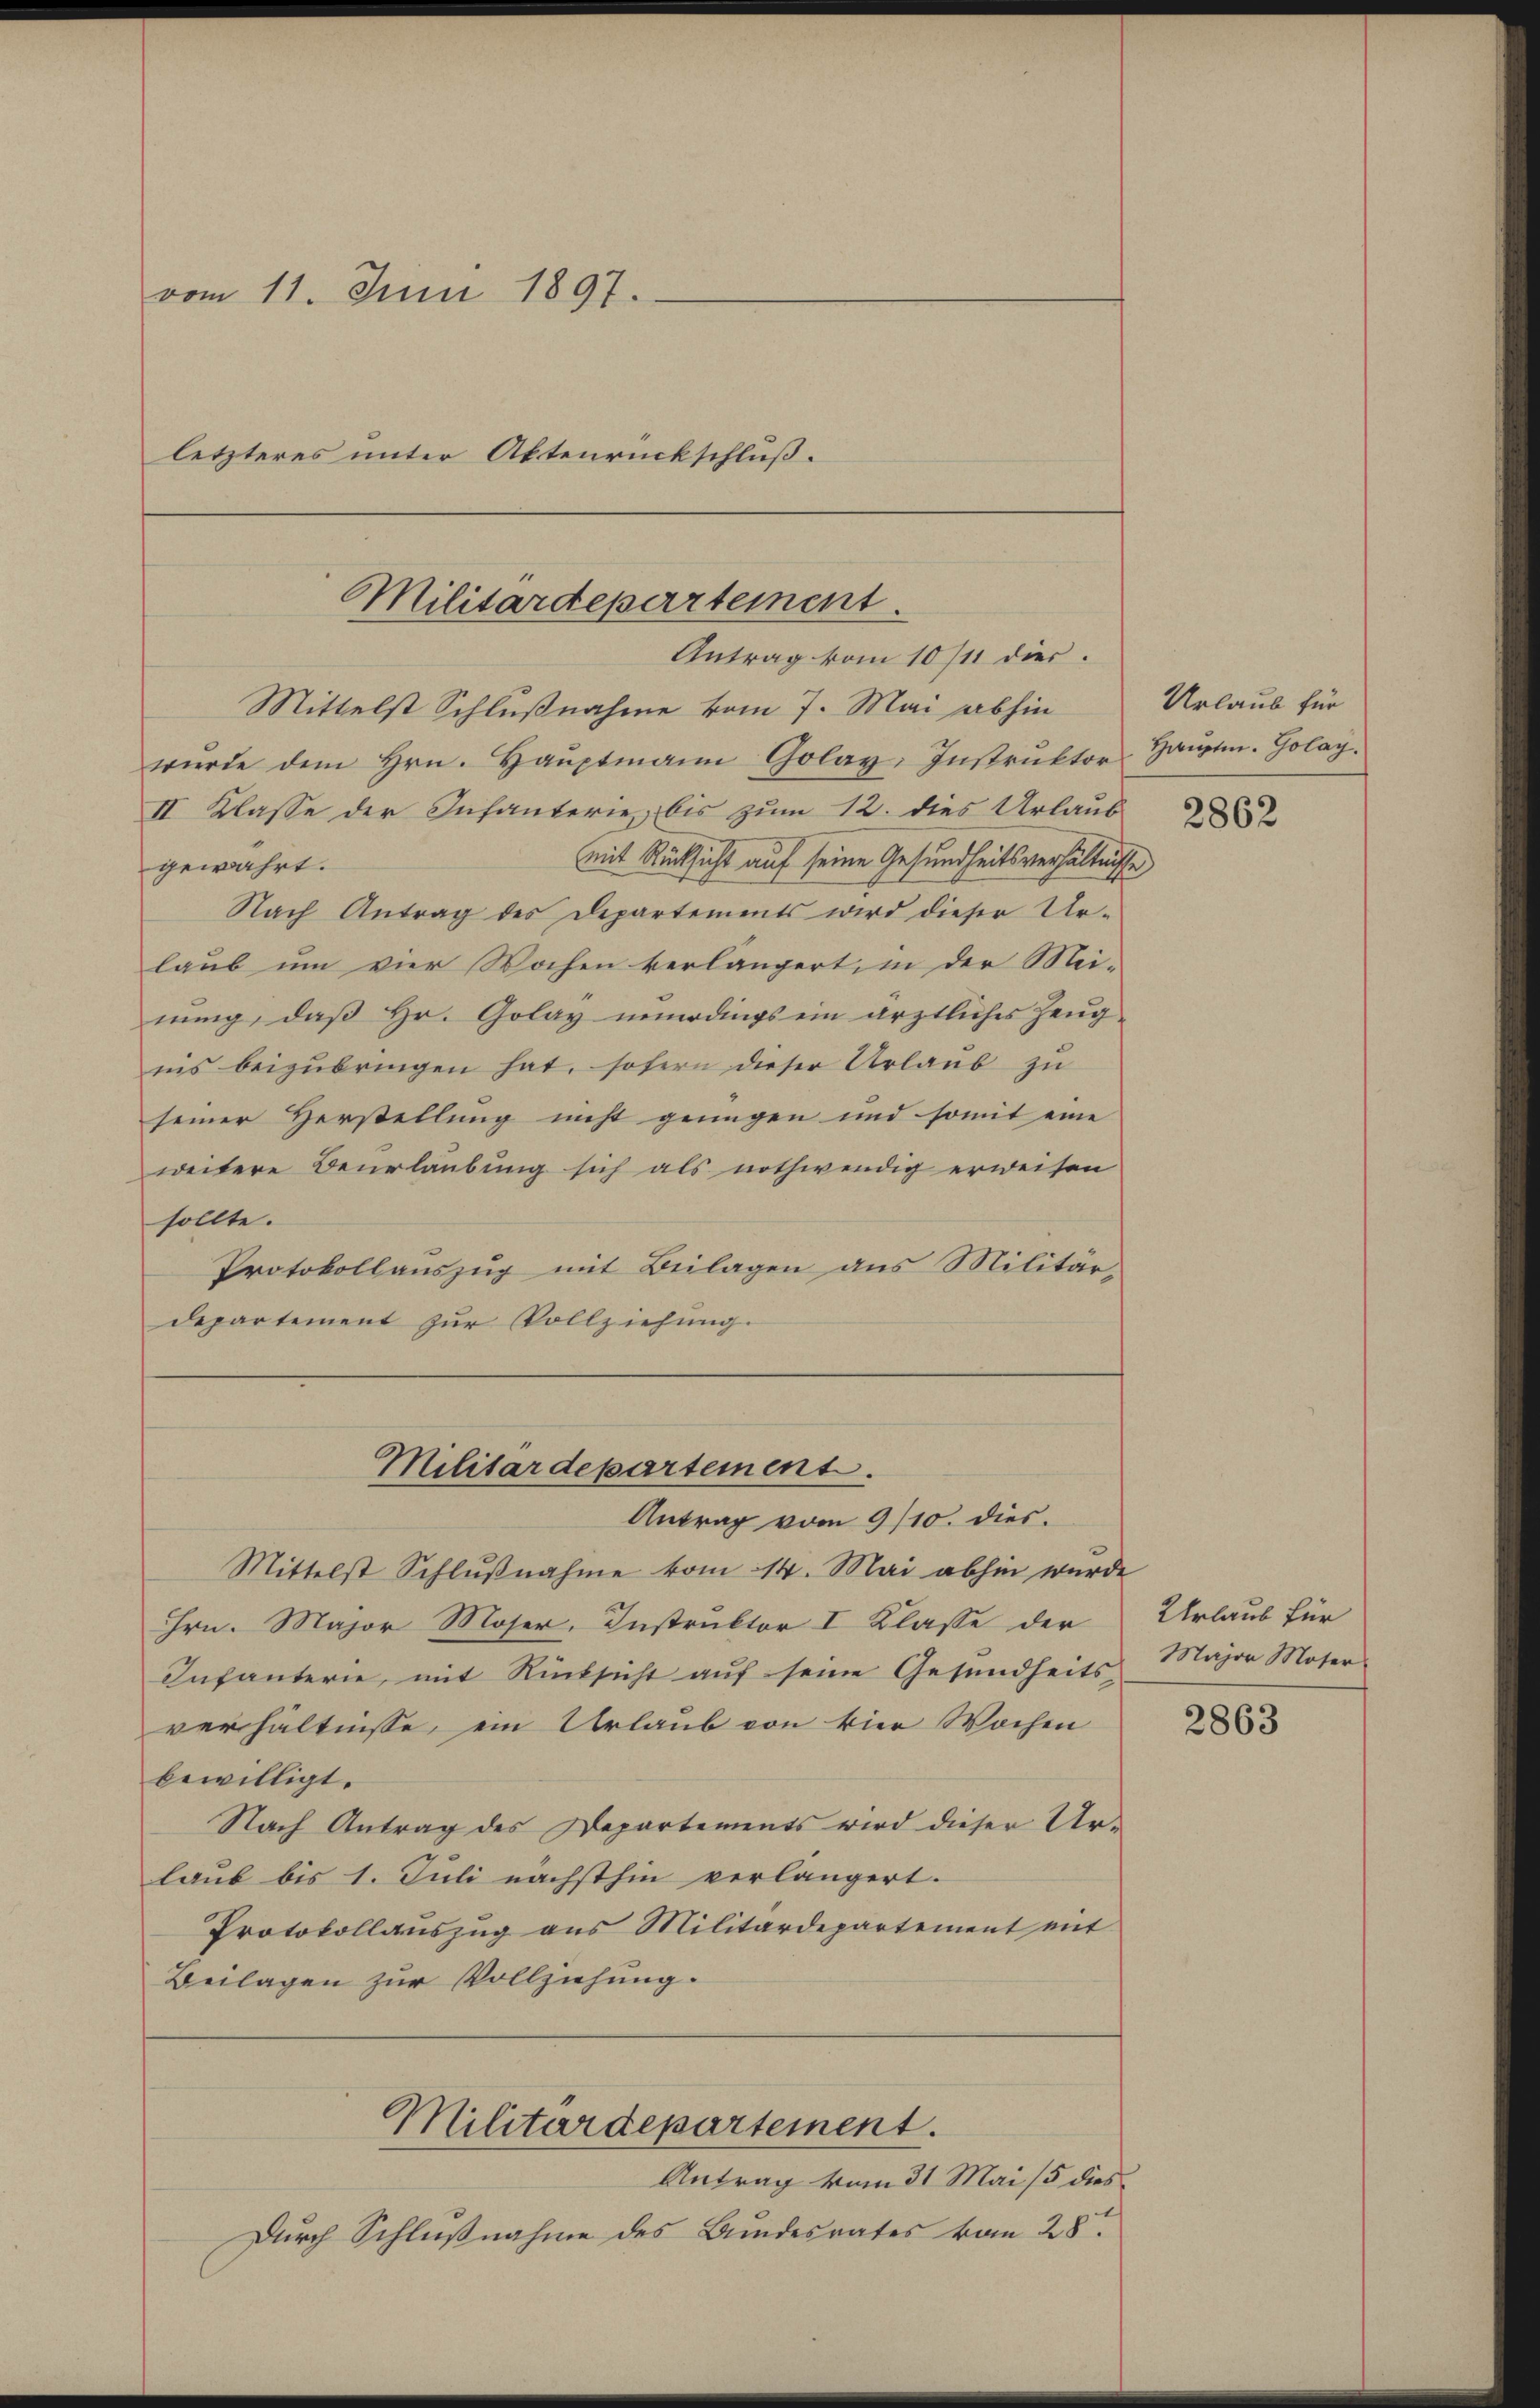
vom 11. Juni 1897.
letzteres unter Aktenrückschluß.

Mittelst Schlußnahme vom 7. Mai abhin
wŭrde dem Hrn. Haŭptmann Golay. Instrŭktor Haŭptm. Golay.
II. Klasse der Infanterie, bis zum 12. dies Urlaub
mit Rücksicht auf seine Gesundheitsverhältnisse
gewahrt.
Nach Antrag des Departements wird dieser Ur-
laub um vier Wochen verlängert, in der Mei-
nung, daß Hr. Golay unurdings ein ärztliches Zeugnis beizubringen hat, sofern dieser Urlaub zu
seiner Herstellung nicht genügen und somit eine
weitere Beurlaubung sich als nothwendig erweisen
sollte.
Protokollauszug mit Beilagen aus Militärdepartement zur Vollziehung.

Militärdepartement.
Antrag vom 10/11 dies.

Militärdepartement.
Antrag vom 9/10. dies.

Mittelst Schlŭβnahme vom 14. Mai abhin wurde
Hrn. Major Moser, Instruktor I Klasse der
Infanterie, mit Rücksicht auf seine Gesundheits Major Moser-
verhältnisse, ein Urlaub von vier Wochen
bewilligt.
Nach Antrag des Departements wird dieser Ur-
laub bis 1. Juli nächsthin verlängert.
Protokollauszug aus Militärdepartement mit
Beilagen zur Vollziehung.
Militärdepartement.
Antrag vom 31. Mai 15 dies
Durch Schlußnahme des Bundesrates vom 28.

Urlaub für

2862

Urlaub für

2863